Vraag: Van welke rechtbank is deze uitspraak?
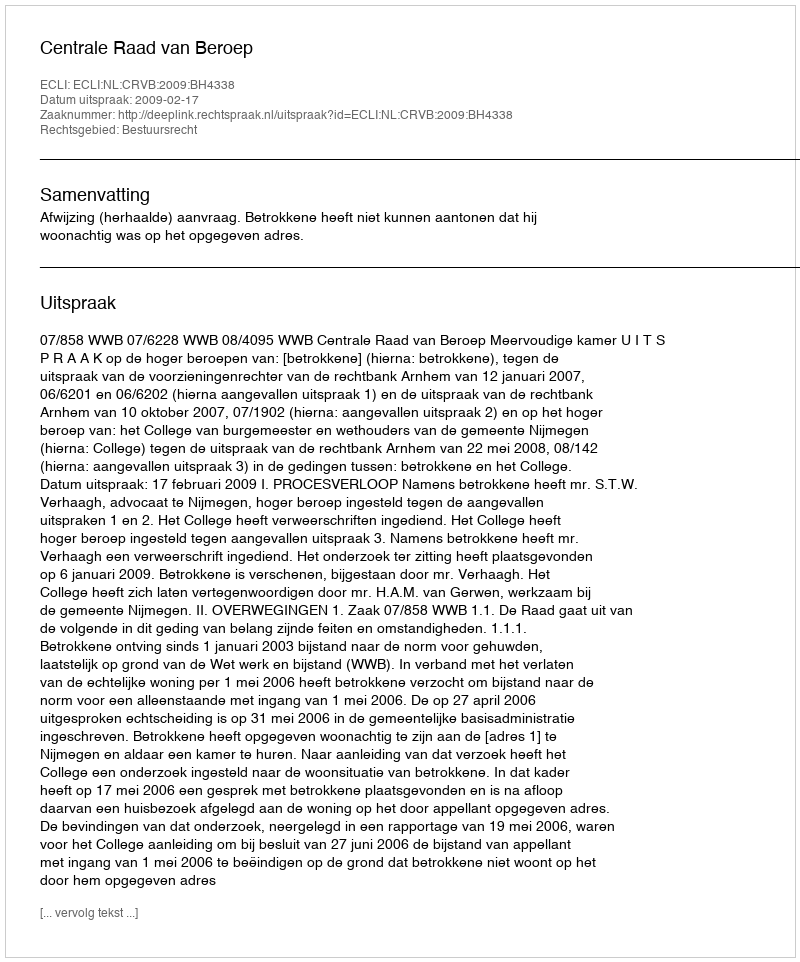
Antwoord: Centrale Raad van Beroep